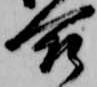
合